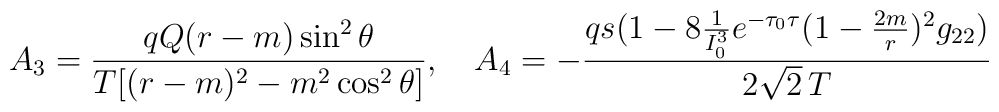
A_3={qQ(r-m)\sin^2\theta\over T[(r-m)^2-m^2\cos^2\theta]},\ \ \ A_4=-{qs(1-8{1\over I_0^3}e^{-\tau_0\tau}(1-{2m\over r})^2g_{22})\over 2\sqrt{2}\,T}